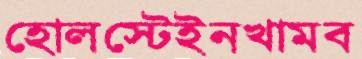
হোলস্টেইনখামব